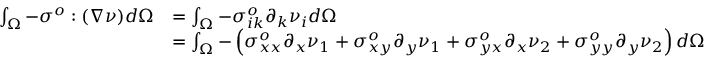
\begin{array} { r l } { \int _ { \Omega } - \boldsymbol { \sigma ^ { o } } : ( \nabla \boldsymbol { \nu } ) d \Omega } & { = \int _ { \Omega } - \sigma _ { i k } ^ { o } \partial _ { k } \nu _ { i } d \Omega } \\ & { = \int _ { \Omega } - \left( \sigma _ { x x } ^ { o } \partial _ { x } \nu _ { 1 } + \sigma _ { x y } ^ { o } \partial _ { y } \nu _ { 1 } + \sigma _ { y x } ^ { o } \partial _ { x } \nu _ { 2 } + \sigma _ { y y } ^ { o } \partial _ { y } \nu _ { 2 } \right) d \Omega } \end{array}